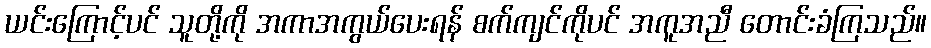
ယင်းကြောင့်ပင် သူတို့ကို အကာအကွယ်ပေးရန် စက်ကျင်ကိုပင် အကူအညီ တောင်းခံကြသည်။